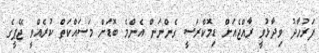
ފަރުހާދު ވިދާޅުވީ ރާއްޖެއަށް ޑިމޮކްރަސީ ގެންނަން އެންމެ ބޮޑަށް މަސައްކަތް ކުރެއްވީ ޖޭޕީގެ